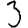
Digit: 3